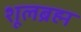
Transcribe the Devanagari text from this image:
शूलब्रह्म